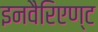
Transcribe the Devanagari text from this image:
इनवैरिएण्ट